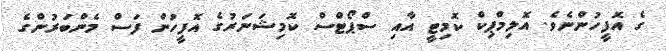
ގެ އޮފީހުންނެވެ. އޮލިމްޕިކް ކޮމިޓީ އާއި ސްޕޯޓްސް ކޮމިޝަނަރުގެ އޮފީހުން ފަސް މެންބަރުންގެ